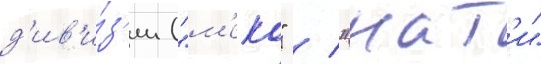
д'ив'и́з'ии ("м'еко" / "нат'и"